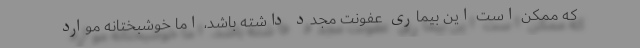
که ممکن است این بیماری عفونت مجدد داشته باشد، اما خوشبختانه موارد